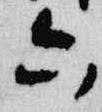
六